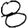
Digit: 8